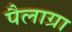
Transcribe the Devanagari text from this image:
पैलाग्रा